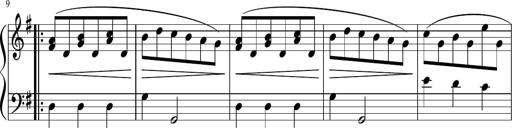
Title: 12 Keyboard Sonatinas
Composer: James Hook